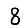
Digit: 8